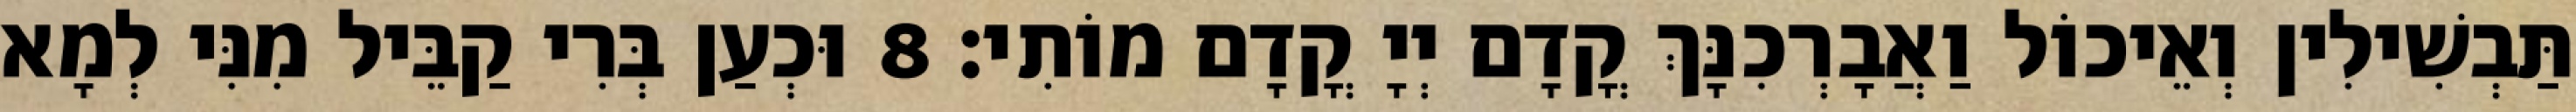
תַּבְשִׁילִין וְאֵיכוֹל וַאֲבָרְכִנָּךְ קֳדָם יְיָ קֳדָם מוֹתִי׃ 8 וּכְעַן בְּרִי קַבֵּיל מִנִּי לְמָא